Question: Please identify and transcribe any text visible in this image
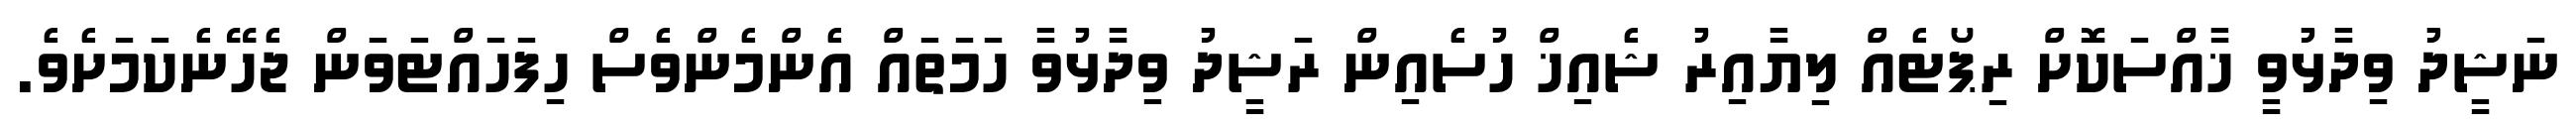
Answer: ނަޝީދު ވިދާޅުވީ ޚާއްސަކޮށް ރިޕޯޓެއް ލިޔާއިރު ޝެއިޚް ހުސެއިން ރަޝީދު ވިދާޅުވާ ހަމަތައް އެންމެންވެސް ހިފަހައްޓަވަން ޖެހޭނެކަމަށެވެ.